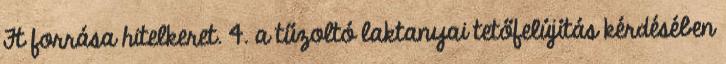
Ft forrása hitelkeret. 4. a tűzoltó laktanyai tetőfelújítás kérdésében